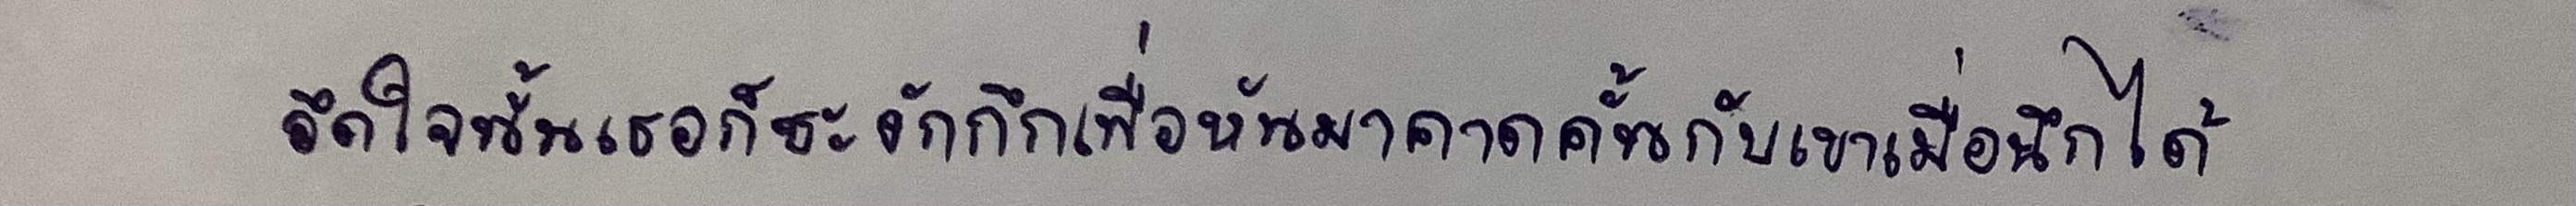
อึดใจนั้นเธอก็ชะงักกึกเพื่อหันมาคาดคั้นกับเขาเมื่อนึกได้